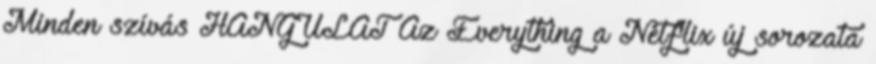
Minden szívás HANGULAT Az Everything a Netflix új sorozata